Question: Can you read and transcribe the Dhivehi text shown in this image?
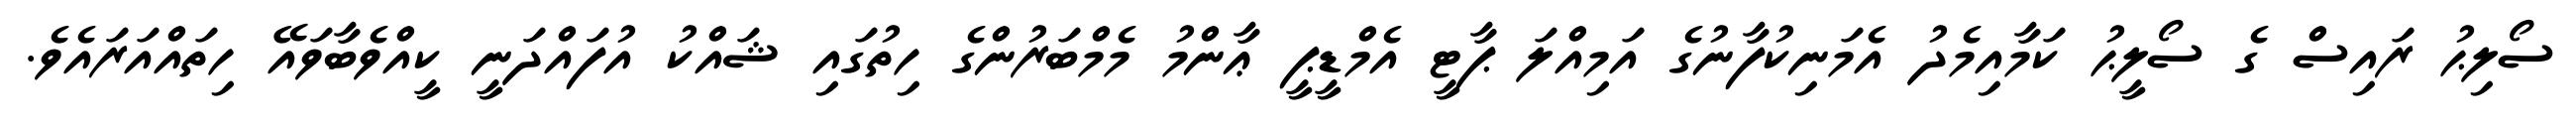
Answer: ސޯލިޙު ރައިސް ގެ ސޯލީޙު ކަމާއިމެދު އެމަނިކުފާނުގެ އަމިއްލަ ޕާޓީ އެމްޑީޕީ ޢާންމު މެމްބަރުންގެ ހިތުގައި ޝައްކު އުފައްދަނީ ކީއްވެބާވައޭ ހިތައްއަރައެވެ.